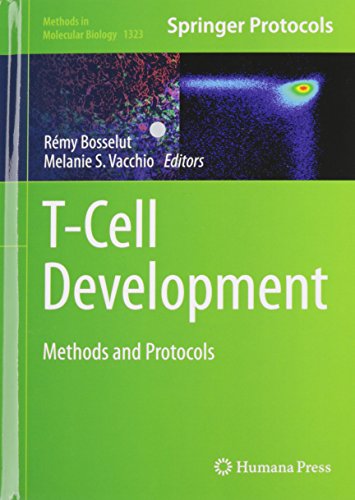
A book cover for T-Cell Development: Methods and Protocols (Methods in Molecular Biology); Medical Books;